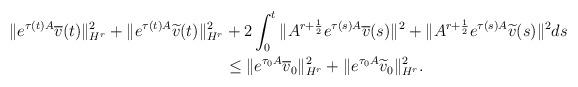
LaTeX: \begin{align*} \|e^{\tau(t) A} \overline{v} (t) \|_{H^r}^2 + \|e^{\tau(t) A} \widetilde{v} (t) \|_{H^r}^2 &+ 2 \int_0^t \|A^{r+\frac{1}{2}} e^{\tau(s) A} \overline{v}(s) \|^2 + \|A^{r+\frac{1}{2}} e^{\tau(s) A} \widetilde{v}(s) \|^2 ds \\ & \leq \|e^{\tau_0 A} \overline{v}_0\|_{H^r}^2 + \|e^{\tau_0 A} \widetilde{v}_0\|_{H^r}^2. \end{align*}